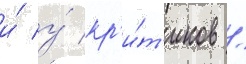
и́ у́ кр'и́т'иков /